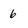
Character: 6